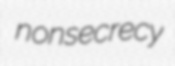
nonsecrecy